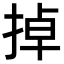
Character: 掉